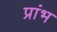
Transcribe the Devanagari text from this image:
प्रांभ